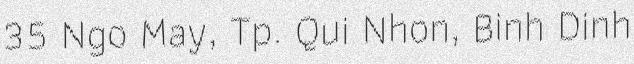
35 Ngo May, Tp. Qui Nhon, Binh Dinh